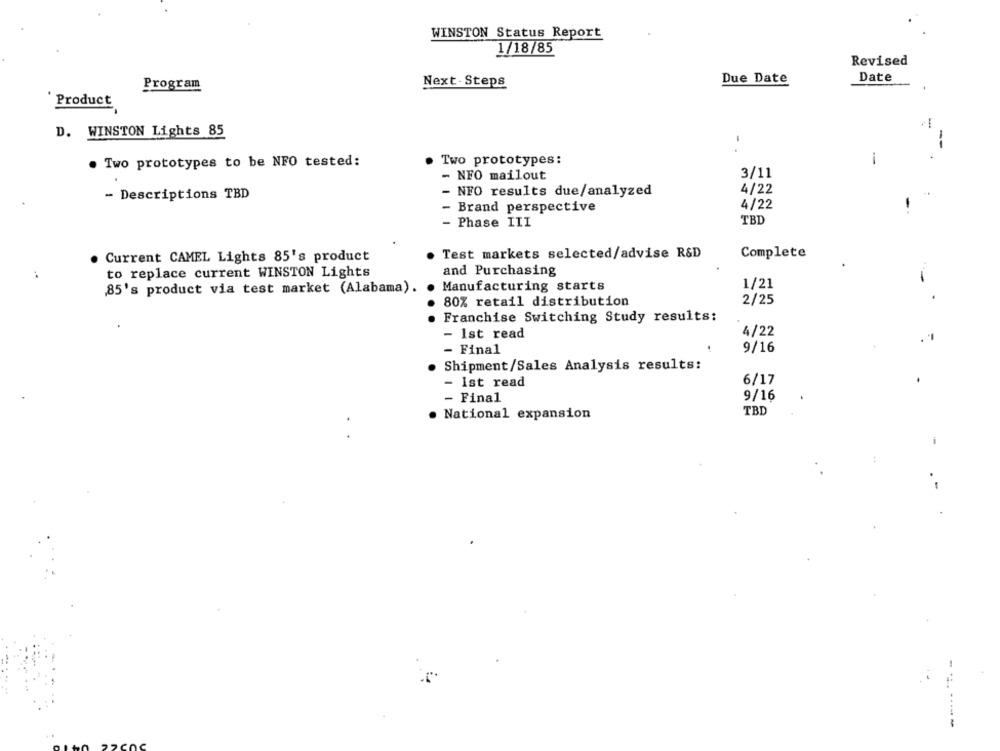
WINSTON Status Report
1/18/85
Revised
Next . Steps
Due Date
Date
Program
Product
D. WINSTON Lights 85
-
--
· Two prototypes to be NFO tested:
Two prototypes:
- NFO mailout
3/11
- Descriptions TBD
- NFO results due/analyzed
4/22
- Brand perspective
4/22
- Phase III
TBD
Test markets selected/advise R&D
Complete
Current CAMEL Lights 85's product
to replace current WINSTON Lights
and Purchasing
1/21
85's product via test market (Alabama).
Manufacturing starts
2/25
80% retail distribution
. Franchise Switching Study results:
- Ist read
4/22
- Final
9/16
Shipment/Sales Analysis results:
- ist read
6/17
- Final
9/16
TBD
· National expansion
..
--